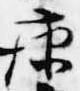
康